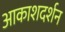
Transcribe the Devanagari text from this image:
आकाशदर्शन